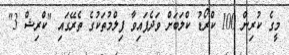
މީގެ ކުރިން 100 ކްރޯޑު ކްލަބަށް ވަދެފައިވާ ފިލްމުތަކުގެ ތެރޭގައި "ކްރިޝް 3"